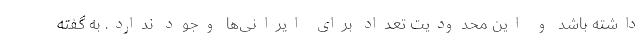
داشته باشد و این محدودیت تعداد برای ایرانی‌ها وجود ندارد. به گفته